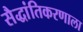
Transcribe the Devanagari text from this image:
सैद्धांतिकरणाला